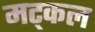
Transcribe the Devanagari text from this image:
मट्कल